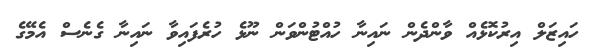
ހައިޒަލް އިރުކޮޅެއް ވާންދެން ނައިނާ ހުއްޓުންވަން ނޫޅެ ހުރެފައިވާ ނައިނާ ގެނެސް އެމޭގެ